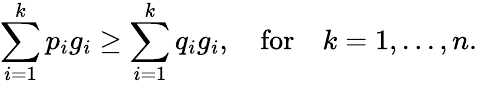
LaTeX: \sum_{i=1}^{k}p_{i}g_{i}\geq\sum_{i=1}^{k}q_{i}g_{i},\quad\mathrm{for}\quad k=1,...,n.